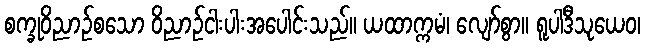
စက္ခုဝိညာဉ်စသော ဝိညာဉ်ငါးပါးအပေါင်းသည်။ ယထာက္ကမံ၊ လျော်စွာ။ ရူပါဒီသုယေဝ၊